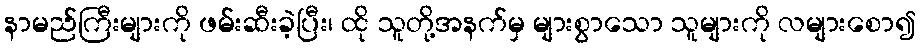
နာမည်ကြီးများကို ဖမ်းဆီးခဲ့ပြီး၊ ထို သူတို့အနက်မှ များစွာသော သူများကို လများစော၍